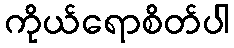
ကိုယ်ရောစိတ်ပါ